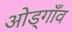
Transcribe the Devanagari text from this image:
ओड्गाँव